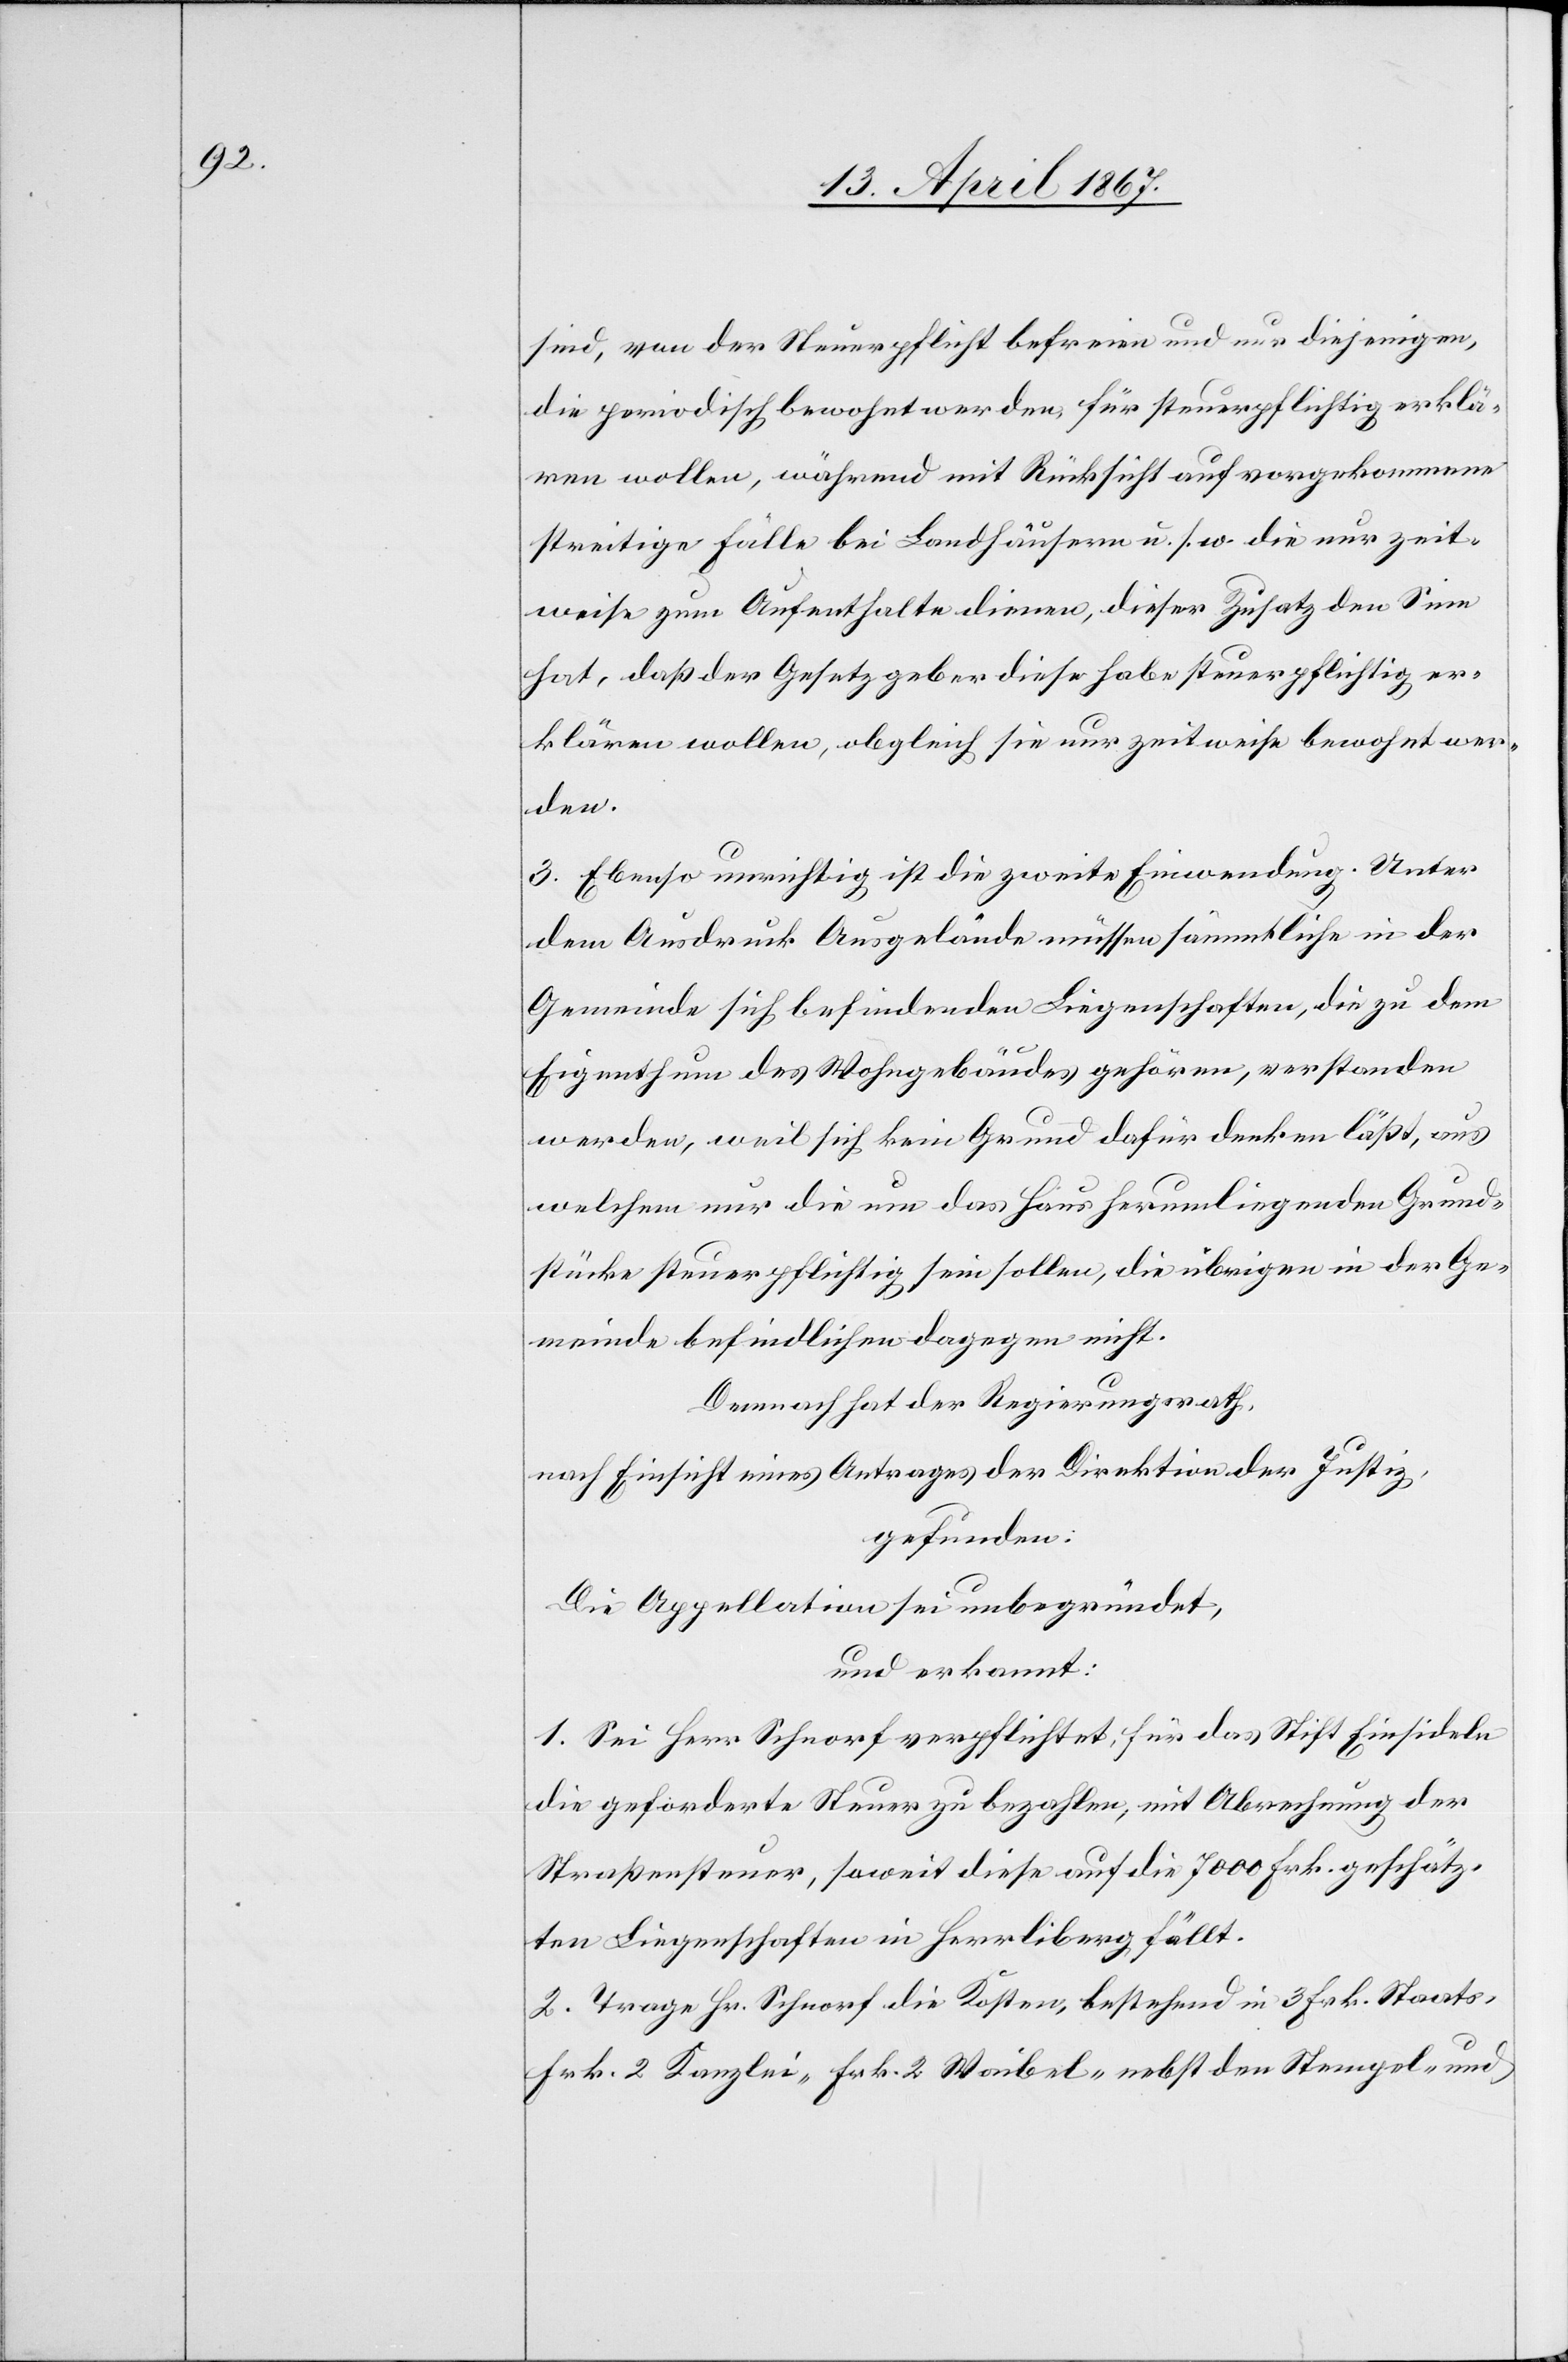
sind, von der Steuerpflicht befreien und nur diejenigen,
die periodisch bewohnt werden, für steuerpflichtig erklä¬
ren wollen, während mit Rücksicht auf vorgekommene
streitige Fälle bei Landhäusern u. s. w. die nur zeit¬
weise zum Aufenthalte dienen, dieser Zusatz den Sinn
hat, daß der Gesetzgeber diese habe steuerpflichtig er¬
klären wollen, obgleich sie nur zeitweise bewohnt wer¬
den.
3. Ebenso unrichtig ist die zweite Einwendung. Unter
dem Ausdruck Ausgelände müssen sämmtliche in der
Gemeinde sich befindenden Liegenschaften, die zu dem
Eigenthum des Wohngebäudes gehören, verstanden
werden, weil sich kein Grund dafür denken läßt, aus
welchem nur die um das Haus herumliegenden Grund¬
stücke steuerpflichtig sein sollen, die übrigen in der Ge¬
meinde befindlichen dagegen nicht.
Demnach hat der Regierungsrath,
nach Einsicht eines Antrages der Direktion der Justiz,
gefunden:
Die Appellation sei unbegründet,
und erkennt:
1. Sei Herr Schnorf verpflichtet, für das Stift Einsiedeln
die geforderte Steuer zu bezahlen, mit Abrechnung der
Straßensteuer, soweit diese auf die 7000 Frk. geschätz¬
ten Liegenschaften in Herrliberg fällt.
2. Trage Hr. Schnorf die Kosten, bestehend in 3 Frk. Staats[-],
Frk. 2 Kanzlei[-], Frk. 2 Weibel- nebst den Stempel- und